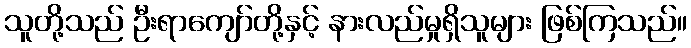
သူတို့သည် ဦးရာကျော်တို့နှင့် နားလည်မှုရှိသူများ ဖြစ်ကြသည်။